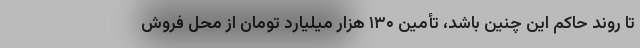
تا روند حاکم این چنین باشد، تأمین ۱۳۰ هزار میلیارد تومان از محل فروش